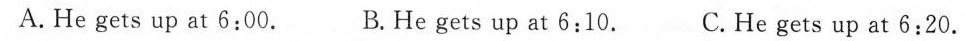
A.He gets up at 6:00. B.He gets up at 6:10. C.He gets up at 6:20.